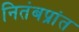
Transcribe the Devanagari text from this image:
नितंबप्रांत